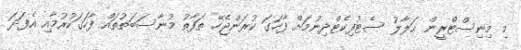
މި މިނިސްޓްރީން ޙަލާލު ސެޓުފިކެޓްދިނުމަށް ފާހަގަ ކުރަންޖެހޭ ތަފާތު މުނާސަބަތުތައް ފާހަގަކުރުމާއި އެފަދަ